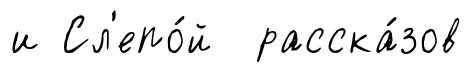
и Сл'епо́й расска́зов